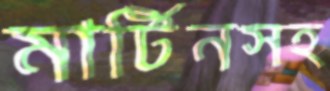
মার্টিনসহ